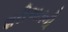
શરીઅતની